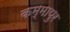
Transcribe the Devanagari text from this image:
कम्मापुर